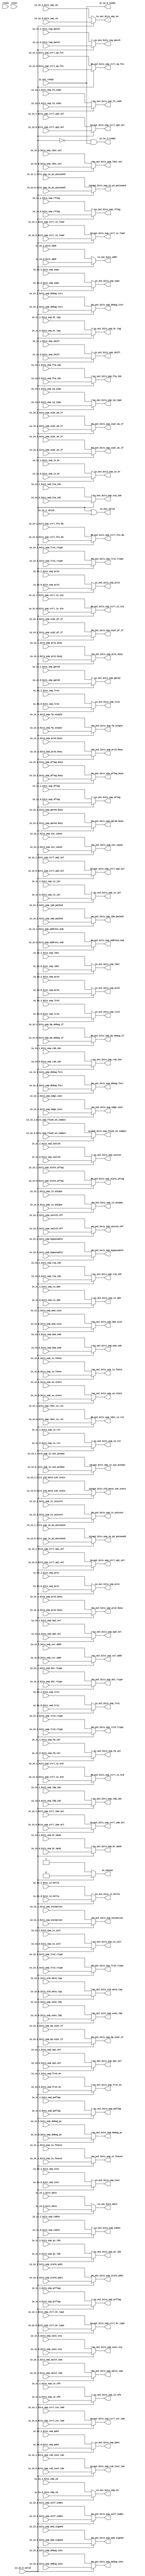
module Arbiter_5(
  input         clock,
  input         reset,
  output        io_in_0_ready,
  input         io_in_0_valid,
  input         io_in_0_bits_uop_switch,
  input         io_in_0_bits_uop_switch_off,
  input         io_in_0_bits_uop_is_unicore,
  input  [2:0]  io_in_0_bits_uop_shift,
  input  [1:0]  io_in_0_bits_uop_lrs3_rtype,
  input         io_in_0_bits_uop_rflag,
  input         io_in_0_bits_uop_wflag,
  input  [3:0]  io_in_0_bits_uop_prflag,
  input  [3:0]  io_in_0_bits_uop_pwflag,
  input         io_in_0_bits_uop_pflag_busy,
  input  [3:0]  io_in_0_bits_uop_stale_pflag,
  input  [3:0]  io_in_0_bits_uop_op1_sel,
  input  [3:0]  io_in_0_bits_uop_op2_sel,
  input  [5:0]  io_in_0_bits_uop_split_num,
  input  [5:0]  io_in_0_bits_uop_self_index,
  input  [5:0]  io_in_0_bits_uop_rob_inst_idx,
  input  [5:0]  io_in_0_bits_uop_address_num,
  input  [6:0]  io_in_0_bits_uop_uopc,
  input  [31:0] io_in_0_bits_uop_inst,
  input  [31:0] io_in_0_bits_uop_debug_inst,
  input         io_in_0_bits_uop_is_rvc,
  input  [39:0] io_in_0_bits_uop_debug_pc,
  input  [2:0]  io_in_0_bits_uop_iq_type,
  input  [9:0]  io_in_0_bits_uop_fu_code,
  input  [3:0]  io_in_0_bits_uop_ctrl_br_type,
  input  [1:0]  io_in_0_bits_uop_ctrl_op1_sel,
  input  [2:0]  io_in_0_bits_uop_ctrl_op2_sel,
  input  [2:0]  io_in_0_bits_uop_ctrl_imm_sel,
  input  [3:0]  io_in_0_bits_uop_ctrl_op_fcn,
  input         io_in_0_bits_uop_ctrl_fcn_dw,
  input  [2:0]  io_in_0_bits_uop_ctrl_csr_cmd,
  input         io_in_0_bits_uop_ctrl_is_load,
  input         io_in_0_bits_uop_ctrl_is_sta,
  input         io_in_0_bits_uop_ctrl_is_std,
  input  [1:0]  io_in_0_bits_uop_ctrl_op3_sel,
  input  [1:0]  io_in_0_bits_uop_iw_state,
  input         io_in_0_bits_uop_iw_p1_poisoned,
  input         io_in_0_bits_uop_iw_p2_poisoned,
  input         io_in_0_bits_uop_is_br,
  input         io_in_0_bits_uop_is_jalr,
  input         io_in_0_bits_uop_is_jal,
  input         io_in_0_bits_uop_is_sfb,
  input  [11:0] io_in_0_bits_uop_br_mask,
  input  [3:0]  io_in_0_bits_uop_br_tag,
  input  [4:0]  io_in_0_bits_uop_ftq_idx,
  input         io_in_0_bits_uop_edge_inst,
  input  [5:0]  io_in_0_bits_uop_pc_lob,
  input         io_in_0_bits_uop_taken,
  input  [19:0] io_in_0_bits_uop_imm_packed,
  input  [11:0] io_in_0_bits_uop_csr_addr,
  input  [5:0]  io_in_0_bits_uop_rob_idx,
  input  [4:0]  io_in_0_bits_uop_ldq_idx,
  input  [4:0]  io_in_0_bits_uop_stq_idx,
  input  [1:0]  io_in_0_bits_uop_rxq_idx,
  input  [6:0]  io_in_0_bits_uop_pdst,
  input  [6:0]  io_in_0_bits_uop_prs1,
  input  [6:0]  io_in_0_bits_uop_prs2,
  input  [6:0]  io_in_0_bits_uop_prs3,
  input  [4:0]  io_in_0_bits_uop_ppred,
  input         io_in_0_bits_uop_prs1_busy,
  input         io_in_0_bits_uop_prs2_busy,
  input         io_in_0_bits_uop_prs3_busy,
  input         io_in_0_bits_uop_ppred_busy,
  input  [6:0]  io_in_0_bits_uop_stale_pdst,
  input         io_in_0_bits_uop_exception,
  input  [63:0] io_in_0_bits_uop_exc_cause,
  input         io_in_0_bits_uop_bypassable,
  input  [4:0]  io_in_0_bits_uop_mem_cmd,
  input  [1:0]  io_in_0_bits_uop_mem_size,
  input         io_in_0_bits_uop_mem_signed,
  input         io_in_0_bits_uop_is_fence,
  input         io_in_0_bits_uop_is_fencei,
  input         io_in_0_bits_uop_is_amo,
  input         io_in_0_bits_uop_uses_ldq,
  input         io_in_0_bits_uop_uses_stq,
  input         io_in_0_bits_uop_is_sys_pc2epc,
  input         io_in_0_bits_uop_is_unique,
  input         io_in_0_bits_uop_flush_on_commit,
  input         io_in_0_bits_uop_ldst_is_rs1,
  input  [5:0]  io_in_0_bits_uop_ldst,
  input  [5:0]  io_in_0_bits_uop_lrs1,
  input  [5:0]  io_in_0_bits_uop_lrs2,
  input  [5:0]  io_in_0_bits_uop_lrs3,
  input         io_in_0_bits_uop_ldst_val,
  input  [1:0]  io_in_0_bits_uop_dst_rtype,
  input  [1:0]  io_in_0_bits_uop_lrs1_rtype,
  input  [1:0]  io_in_0_bits_uop_lrs2_rtype,
  input         io_in_0_bits_uop_frs3_en,
  input         io_in_0_bits_uop_fp_val,
  input         io_in_0_bits_uop_fp_single,
  input         io_in_0_bits_uop_xcpt_pf_if,
  input         io_in_0_bits_uop_xcpt_ae_if,
  input         io_in_0_bits_uop_xcpt_ma_if,
  input         io_in_0_bits_uop_bp_debug_if,
  input         io_in_0_bits_uop_bp_xcpt_if,
  input  [1:0]  io_in_0_bits_uop_debug_fsrc,
  input  [1:0]  io_in_0_bits_uop_debug_tsrc,
  input  [39:0] io_in_0_bits_addr,
  input  [63:0] io_in_0_bits_data,
  input         io_in_0_bits_is_hella,
  input         io_in_0_bits_tag_match,
  input  [1:0]  io_in_0_bits_old_meta_coh_state,
  input  [19:0] io_in_0_bits_old_meta_tag,
  input         io_in_0_bits_way_en,
  input  [4:0]  io_in_0_bits_sdq_id,
  output        io_in_1_ready,
  input         io_in_1_valid,
  input         io_in_1_bits_uop_switch,
  input         io_in_1_bits_uop_switch_off,
  input         io_in_1_bits_uop_is_unicore,
  input  [2:0]  io_in_1_bits_uop_shift,
  input  [1:0]  io_in_1_bits_uop_lrs3_rtype,
  input         io_in_1_bits_uop_rflag,
  input         io_in_1_bits_uop_wflag,
  input  [3:0]  io_in_1_bits_uop_prflag,
  input  [3:0]  io_in_1_bits_uop_pwflag,
  input         io_in_1_bits_uop_pflag_busy,
  input  [3:0]  io_in_1_bits_uop_stale_pflag,
  input  [3:0]  io_in_1_bits_uop_op1_sel,
  input  [3:0]  io_in_1_bits_uop_op2_sel,
  input  [5:0]  io_in_1_bits_uop_split_num,
  input  [5:0]  io_in_1_bits_uop_self_index,
  input  [5:0]  io_in_1_bits_uop_rob_inst_idx,
  input  [5:0]  io_in_1_bits_uop_address_num,
  input  [6:0]  io_in_1_bits_uop_uopc,
  input  [31:0] io_in_1_bits_uop_inst,
  input  [31:0] io_in_1_bits_uop_debug_inst,
  input         io_in_1_bits_uop_is_rvc,
  input  [39:0] io_in_1_bits_uop_debug_pc,
  input  [2:0]  io_in_1_bits_uop_iq_type,
  input  [9:0]  io_in_1_bits_uop_fu_code,
  input  [3:0]  io_in_1_bits_uop_ctrl_br_type,
  input  [1:0]  io_in_1_bits_uop_ctrl_op1_sel,
  input  [2:0]  io_in_1_bits_uop_ctrl_op2_sel,
  input  [2:0]  io_in_1_bits_uop_ctrl_imm_sel,
  input  [3:0]  io_in_1_bits_uop_ctrl_op_fcn,
  input         io_in_1_bits_uop_ctrl_fcn_dw,
  input  [2:0]  io_in_1_bits_uop_ctrl_csr_cmd,
  input         io_in_1_bits_uop_ctrl_is_load,
  input         io_in_1_bits_uop_ctrl_is_sta,
  input         io_in_1_bits_uop_ctrl_is_std,
  input  [1:0]  io_in_1_bits_uop_ctrl_op3_sel,
  input  [1:0]  io_in_1_bits_uop_iw_state,
  input         io_in_1_bits_uop_iw_p1_poisoned,
  input         io_in_1_bits_uop_iw_p2_poisoned,
  input         io_in_1_bits_uop_is_br,
  input         io_in_1_bits_uop_is_jalr,
  input         io_in_1_bits_uop_is_jal,
  input         io_in_1_bits_uop_is_sfb,
  input  [11:0] io_in_1_bits_uop_br_mask,
  input  [3:0]  io_in_1_bits_uop_br_tag,
  input  [4:0]  io_in_1_bits_uop_ftq_idx,
  input         io_in_1_bits_uop_edge_inst,
  input  [5:0]  io_in_1_bits_uop_pc_lob,
  input         io_in_1_bits_uop_taken,
  input  [19:0] io_in_1_bits_uop_imm_packed,
  input  [11:0] io_in_1_bits_uop_csr_addr,
  input  [5:0]  io_in_1_bits_uop_rob_idx,
  input  [4:0]  io_in_1_bits_uop_ldq_idx,
  input  [4:0]  io_in_1_bits_uop_stq_idx,
  input  [1:0]  io_in_1_bits_uop_rxq_idx,
  input  [6:0]  io_in_1_bits_uop_pdst,
  input  [6:0]  io_in_1_bits_uop_prs1,
  input  [6:0]  io_in_1_bits_uop_prs2,
  input  [6:0]  io_in_1_bits_uop_prs3,
  input  [4:0]  io_in_1_bits_uop_ppred,
  input         io_in_1_bits_uop_prs1_busy,
  input         io_in_1_bits_uop_prs2_busy,
  input         io_in_1_bits_uop_prs3_busy,
  input         io_in_1_bits_uop_ppred_busy,
  input  [6:0]  io_in_1_bits_uop_stale_pdst,
  input         io_in_1_bits_uop_exception,
  input  [63:0] io_in_1_bits_uop_exc_cause,
  input         io_in_1_bits_uop_bypassable,
  input  [4:0]  io_in_1_bits_uop_mem_cmd,
  input  [1:0]  io_in_1_bits_uop_mem_size,
  input         io_in_1_bits_uop_mem_signed,
  input         io_in_1_bits_uop_is_fence,
  input         io_in_1_bits_uop_is_fencei,
  input         io_in_1_bits_uop_is_amo,
  input         io_in_1_bits_uop_uses_ldq,
  input         io_in_1_bits_uop_uses_stq,
  input         io_in_1_bits_uop_is_sys_pc2epc,
  input         io_in_1_bits_uop_is_unique,
  input         io_in_1_bits_uop_flush_on_commit,
  input         io_in_1_bits_uop_ldst_is_rs1,
  input  [5:0]  io_in_1_bits_uop_ldst,
  input  [5:0]  io_in_1_bits_uop_lrs1,
  input  [5:0]  io_in_1_bits_uop_lrs2,
  input  [5:0]  io_in_1_bits_uop_lrs3,
  input         io_in_1_bits_uop_ldst_val,
  input  [1:0]  io_in_1_bits_uop_dst_rtype,
  input  [1:0]  io_in_1_bits_uop_lrs1_rtype,
  input  [1:0]  io_in_1_bits_uop_lrs2_rtype,
  input         io_in_1_bits_uop_frs3_en,
  input         io_in_1_bits_uop_fp_val,
  input         io_in_1_bits_uop_fp_single,
  input         io_in_1_bits_uop_xcpt_pf_if,
  input         io_in_1_bits_uop_xcpt_ae_if,
  input         io_in_1_bits_uop_xcpt_ma_if,
  input         io_in_1_bits_uop_bp_debug_if,
  input         io_in_1_bits_uop_bp_xcpt_if,
  input  [1:0]  io_in_1_bits_uop_debug_fsrc,
  input  [1:0]  io_in_1_bits_uop_debug_tsrc,
  input  [39:0] io_in_1_bits_addr,
  input  [63:0] io_in_1_bits_data,
  input         io_in_1_bits_is_hella,
  input         io_in_1_bits_tag_match,
  input  [1:0]  io_in_1_bits_old_meta_coh_state,
  input  [19:0] io_in_1_bits_old_meta_tag,
  input         io_in_1_bits_way_en,
  input  [4:0]  io_in_1_bits_sdq_id,
  input         io_out_ready,
  output        io_out_valid,
  output        io_out_bits_uop_switch,
  output        io_out_bits_uop_switch_off,
  output        io_out_bits_uop_is_unicore,
  output [2:0]  io_out_bits_uop_shift,
  output [1:0]  io_out_bits_uop_lrs3_rtype,
  output        io_out_bits_uop_rflag,
  output        io_out_bits_uop_wflag,
  output [3:0]  io_out_bits_uop_prflag,
  output [3:0]  io_out_bits_uop_pwflag,
  output        io_out_bits_uop_pflag_busy,
  output [3:0]  io_out_bits_uop_stale_pflag,
  output [3:0]  io_out_bits_uop_op1_sel,
  output [3:0]  io_out_bits_uop_op2_sel,
  output [5:0]  io_out_bits_uop_split_num,
  output [5:0]  io_out_bits_uop_self_index,
  output [5:0]  io_out_bits_uop_rob_inst_idx,
  output [5:0]  io_out_bits_uop_address_num,
  output [6:0]  io_out_bits_uop_uopc,
  output [31:0] io_out_bits_uop_inst,
  output [31:0] io_out_bits_uop_debug_inst,
  output        io_out_bits_uop_is_rvc,
  output [39:0] io_out_bits_uop_debug_pc,
  output [2:0]  io_out_bits_uop_iq_type,
  output [9:0]  io_out_bits_uop_fu_code,
  output [3:0]  io_out_bits_uop_ctrl_br_type,
  output [1:0]  io_out_bits_uop_ctrl_op1_sel,
  output [2:0]  io_out_bits_uop_ctrl_op2_sel,
  output [2:0]  io_out_bits_uop_ctrl_imm_sel,
  output [3:0]  io_out_bits_uop_ctrl_op_fcn,
  output        io_out_bits_uop_ctrl_fcn_dw,
  output [2:0]  io_out_bits_uop_ctrl_csr_cmd,
  output        io_out_bits_uop_ctrl_is_load,
  output        io_out_bits_uop_ctrl_is_sta,
  output        io_out_bits_uop_ctrl_is_std,
  output [1:0]  io_out_bits_uop_ctrl_op3_sel,
  output [1:0]  io_out_bits_uop_iw_state,
  output        io_out_bits_uop_iw_p1_poisoned,
  output        io_out_bits_uop_iw_p2_poisoned,
  output        io_out_bits_uop_is_br,
  output        io_out_bits_uop_is_jalr,
  output        io_out_bits_uop_is_jal,
  output        io_out_bits_uop_is_sfb,
  output [11:0] io_out_bits_uop_br_mask,
  output [3:0]  io_out_bits_uop_br_tag,
  output [4:0]  io_out_bits_uop_ftq_idx,
  output        io_out_bits_uop_edge_inst,
  output [5:0]  io_out_bits_uop_pc_lob,
  output        io_out_bits_uop_taken,
  output [19:0] io_out_bits_uop_imm_packed,
  output [11:0] io_out_bits_uop_csr_addr,
  output [5:0]  io_out_bits_uop_rob_idx,
  output [4:0]  io_out_bits_uop_ldq_idx,
  output [4:0]  io_out_bits_uop_stq_idx,
  output [1:0]  io_out_bits_uop_rxq_idx,
  output [6:0]  io_out_bits_uop_pdst,
  output [6:0]  io_out_bits_uop_prs1,
  output [6:0]  io_out_bits_uop_prs2,
  output [6:0]  io_out_bits_uop_prs3,
  output [4:0]  io_out_bits_uop_ppred,
  output        io_out_bits_uop_prs1_busy,
  output        io_out_bits_uop_prs2_busy,
  output        io_out_bits_uop_prs3_busy,
  output        io_out_bits_uop_ppred_busy,
  output [6:0]  io_out_bits_uop_stale_pdst,
  output        io_out_bits_uop_exception,
  output [63:0] io_out_bits_uop_exc_cause,
  output        io_out_bits_uop_bypassable,
  output [4:0]  io_out_bits_uop_mem_cmd,
  output [1:0]  io_out_bits_uop_mem_size,
  output        io_out_bits_uop_mem_signed,
  output        io_out_bits_uop_is_fence,
  output        io_out_bits_uop_is_fencei,
  output        io_out_bits_uop_is_amo,
  output        io_out_bits_uop_uses_ldq,
  output        io_out_bits_uop_uses_stq,
  output        io_out_bits_uop_is_sys_pc2epc,
  output        io_out_bits_uop_is_unique,
  output        io_out_bits_uop_flush_on_commit,
  output        io_out_bits_uop_ldst_is_rs1,
  output [5:0]  io_out_bits_uop_ldst,
  output [5:0]  io_out_bits_uop_lrs1,
  output [5:0]  io_out_bits_uop_lrs2,
  output [5:0]  io_out_bits_uop_lrs3,
  output        io_out_bits_uop_ldst_val,
  output [1:0]  io_out_bits_uop_dst_rtype,
  output [1:0]  io_out_bits_uop_lrs1_rtype,
  output [1:0]  io_out_bits_uop_lrs2_rtype,
  output        io_out_bits_uop_frs3_en,
  output        io_out_bits_uop_fp_val,
  output        io_out_bits_uop_fp_single,
  output        io_out_bits_uop_xcpt_pf_if,
  output        io_out_bits_uop_xcpt_ae_if,
  output        io_out_bits_uop_xcpt_ma_if,
  output        io_out_bits_uop_bp_debug_if,
  output        io_out_bits_uop_bp_xcpt_if,
  output [1:0]  io_out_bits_uop_debug_fsrc,
  output [1:0]  io_out_bits_uop_debug_tsrc,
  output [39:0] io_out_bits_addr,
  output [63:0] io_out_bits_data,
  output        io_out_bits_is_hella,
  output        io_out_bits_tag_match,
  output [1:0]  io_out_bits_old_meta_coh_state,
  output [19:0] io_out_bits_old_meta_tag,
  output        io_out_bits_way_en,
  output [4:0]  io_out_bits_sdq_id,
  output        io_chosen
);
  wire  grant_1 = ~io_in_0_valid; // @[Arbiter.scala 31:78]
  assign io_in_0_ready = io_out_ready; // @[Arbiter.scala 134:19]
  assign io_in_1_ready = grant_1 & io_out_ready; // @[Arbiter.scala 134:19]
  assign io_out_valid = ~grant_1 | io_in_1_valid; // @[Arbiter.scala 135:31]
  assign io_out_bits_uop_switch = io_in_0_valid ? io_in_0_bits_uop_switch : io_in_1_bits_uop_switch; // @[Arbiter.scala 126:27 Arbiter.scala 128:19 Arbiter.scala 124:15]
  assign io_out_bits_uop_switch_off = io_in_0_valid ? io_in_0_bits_uop_switch_off : io_in_1_bits_uop_switch_off; // @[Arbiter.scala 126:27 Arbiter.scala 128:19 Arbiter.scala 124:15]
  assign io_out_bits_uop_is_unicore = io_in_0_valid ? io_in_0_bits_uop_is_unicore : io_in_1_bits_uop_is_unicore; // @[Arbiter.scala 126:27 Arbiter.scala 128:19 Arbiter.scala 124:15]
  assign io_out_bits_uop_shift = io_in_0_valid ? io_in_0_bits_uop_shift : io_in_1_bits_uop_shift; // @[Arbiter.scala 126:27 Arbiter.scala 128:19 Arbiter.scala 124:15]
  assign io_out_bits_uop_lrs3_rtype = io_in_0_valid ? io_in_0_bits_uop_lrs3_rtype : io_in_1_bits_uop_lrs3_rtype; // @[Arbiter.scala 126:27 Arbiter.scala 128:19 Arbiter.scala 124:15]
  assign io_out_bits_uop_rflag = io_in_0_valid ? io_in_0_bits_uop_rflag : io_in_1_bits_uop_rflag; // @[Arbiter.scala 126:27 Arbiter.scala 128:19 Arbiter.scala 124:15]
  assign io_out_bits_uop_wflag = io_in_0_valid ? io_in_0_bits_uop_wflag : io_in_1_bits_uop_wflag; // @[Arbiter.scala 126:27 Arbiter.scala 128:19 Arbiter.scala 124:15]
  assign io_out_bits_uop_prflag = io_in_0_valid ? io_in_0_bits_uop_prflag : io_in_1_bits_uop_prflag; // @[Arbiter.scala 126:27 Arbiter.scala 128:19 Arbiter.scala 124:15]
  assign io_out_bits_uop_pwflag = io_in_0_valid ? io_in_0_bits_uop_pwflag : io_in_1_bits_uop_pwflag; // @[Arbiter.scala 126:27 Arbiter.scala 128:19 Arbiter.scala 124:15]
  assign io_out_bits_uop_pflag_busy = io_in_0_valid ? io_in_0_bits_uop_pflag_busy : io_in_1_bits_uop_pflag_busy; // @[Arbiter.scala 126:27 Arbiter.scala 128:19 Arbiter.scala 124:15]
  assign io_out_bits_uop_stale_pflag = io_in_0_valid ? io_in_0_bits_uop_stale_pflag : io_in_1_bits_uop_stale_pflag; // @[Arbiter.scala 126:27 Arbiter.scala 128:19 Arbiter.scala 124:15]
  assign io_out_bits_uop_op1_sel = io_in_0_valid ? io_in_0_bits_uop_op1_sel : io_in_1_bits_uop_op1_sel; // @[Arbiter.scala 126:27 Arbiter.scala 128:19 Arbiter.scala 124:15]
  assign io_out_bits_uop_op2_sel = io_in_0_valid ? io_in_0_bits_uop_op2_sel : io_in_1_bits_uop_op2_sel; // @[Arbiter.scala 126:27 Arbiter.scala 128:19 Arbiter.scala 124:15]
  assign io_out_bits_uop_split_num = io_in_0_valid ? io_in_0_bits_uop_split_num : io_in_1_bits_uop_split_num; // @[Arbiter.scala 126:27 Arbiter.scala 128:19 Arbiter.scala 124:15]
  assign io_out_bits_uop_self_index = io_in_0_valid ? io_in_0_bits_uop_self_index : io_in_1_bits_uop_self_index; // @[Arbiter.scala 126:27 Arbiter.scala 128:19 Arbiter.scala 124:15]
  assign io_out_bits_uop_rob_inst_idx = io_in_0_valid ? io_in_0_bits_uop_rob_inst_idx : io_in_1_bits_uop_rob_inst_idx; // @[Arbiter.scala 126:27 Arbiter.scala 128:19 Arbiter.scala 124:15]
  assign io_out_bits_uop_address_num = io_in_0_valid ? io_in_0_bits_uop_address_num : io_in_1_bits_uop_address_num; // @[Arbiter.scala 126:27 Arbiter.scala 128:19 Arbiter.scala 124:15]
  assign io_out_bits_uop_uopc = io_in_0_valid ? io_in_0_bits_uop_uopc : io_in_1_bits_uop_uopc; // @[Arbiter.scala 126:27 Arbiter.scala 128:19 Arbiter.scala 124:15]
  assign io_out_bits_uop_inst = io_in_0_valid ? io_in_0_bits_uop_inst : io_in_1_bits_uop_inst; // @[Arbiter.scala 126:27 Arbiter.scala 128:19 Arbiter.scala 124:15]
  assign io_out_bits_uop_debug_inst = io_in_0_valid ? io_in_0_bits_uop_debug_inst : io_in_1_bits_uop_debug_inst; // @[Arbiter.scala 126:27 Arbiter.scala 128:19 Arbiter.scala 124:15]
  assign io_out_bits_uop_is_rvc = io_in_0_valid ? io_in_0_bits_uop_is_rvc : io_in_1_bits_uop_is_rvc; // @[Arbiter.scala 126:27 Arbiter.scala 128:19 Arbiter.scala 124:15]
  assign io_out_bits_uop_debug_pc = io_in_0_valid ? io_in_0_bits_uop_debug_pc : io_in_1_bits_uop_debug_pc; // @[Arbiter.scala 126:27 Arbiter.scala 128:19 Arbiter.scala 124:15]
  assign io_out_bits_uop_iq_type = io_in_0_valid ? io_in_0_bits_uop_iq_type : io_in_1_bits_uop_iq_type; // @[Arbiter.scala 126:27 Arbiter.scala 128:19 Arbiter.scala 124:15]
  assign io_out_bits_uop_fu_code = io_in_0_valid ? io_in_0_bits_uop_fu_code : io_in_1_bits_uop_fu_code; // @[Arbiter.scala 126:27 Arbiter.scala 128:19 Arbiter.scala 124:15]
  assign io_out_bits_uop_ctrl_br_type = io_in_0_valid ? io_in_0_bits_uop_ctrl_br_type : io_in_1_bits_uop_ctrl_br_type; // @[Arbiter.scala 126:27 Arbiter.scala 128:19 Arbiter.scala 124:15]
  assign io_out_bits_uop_ctrl_op1_sel = io_in_0_valid ? io_in_0_bits_uop_ctrl_op1_sel : io_in_1_bits_uop_ctrl_op1_sel; // @[Arbiter.scala 126:27 Arbiter.scala 128:19 Arbiter.scala 124:15]
  assign io_out_bits_uop_ctrl_op2_sel = io_in_0_valid ? io_in_0_bits_uop_ctrl_op2_sel : io_in_1_bits_uop_ctrl_op2_sel; // @[Arbiter.scala 126:27 Arbiter.scala 128:19 Arbiter.scala 124:15]
  assign io_out_bits_uop_ctrl_imm_sel = io_in_0_valid ? io_in_0_bits_uop_ctrl_imm_sel : io_in_1_bits_uop_ctrl_imm_sel; // @[Arbiter.scala 126:27 Arbiter.scala 128:19 Arbiter.scala 124:15]
  assign io_out_bits_uop_ctrl_op_fcn = io_in_0_valid ? io_in_0_bits_uop_ctrl_op_fcn : io_in_1_bits_uop_ctrl_op_fcn; // @[Arbiter.scala 126:27 Arbiter.scala 128:19 Arbiter.scala 124:15]
  assign io_out_bits_uop_ctrl_fcn_dw = io_in_0_valid ? io_in_0_bits_uop_ctrl_fcn_dw : io_in_1_bits_uop_ctrl_fcn_dw; // @[Arbiter.scala 126:27 Arbiter.scala 128:19 Arbiter.scala 124:15]
  assign io_out_bits_uop_ctrl_csr_cmd = io_in_0_valid ? io_in_0_bits_uop_ctrl_csr_cmd : io_in_1_bits_uop_ctrl_csr_cmd; // @[Arbiter.scala 126:27 Arbiter.scala 128:19 Arbiter.scala 124:15]
  assign io_out_bits_uop_ctrl_is_load = io_in_0_valid ? io_in_0_bits_uop_ctrl_is_load : io_in_1_bits_uop_ctrl_is_load; // @[Arbiter.scala 126:27 Arbiter.scala 128:19 Arbiter.scala 124:15]
  assign io_out_bits_uop_ctrl_is_sta = io_in_0_valid ? io_in_0_bits_uop_ctrl_is_sta : io_in_1_bits_uop_ctrl_is_sta; // @[Arbiter.scala 126:27 Arbiter.scala 128:19 Arbiter.scala 124:15]
  assign io_out_bits_uop_ctrl_is_std = io_in_0_valid ? io_in_0_bits_uop_ctrl_is_std : io_in_1_bits_uop_ctrl_is_std; // @[Arbiter.scala 126:27 Arbiter.scala 128:19 Arbiter.scala 124:15]
  assign io_out_bits_uop_ctrl_op3_sel = io_in_0_valid ? io_in_0_bits_uop_ctrl_op3_sel : io_in_1_bits_uop_ctrl_op3_sel; // @[Arbiter.scala 126:27 Arbiter.scala 128:19 Arbiter.scala 124:15]
  assign io_out_bits_uop_iw_state = io_in_0_valid ? io_in_0_bits_uop_iw_state : io_in_1_bits_uop_iw_state; // @[Arbiter.scala 126:27 Arbiter.scala 128:19 Arbiter.scala 124:15]
  assign io_out_bits_uop_iw_p1_poisoned = io_in_0_valid ? io_in_0_bits_uop_iw_p1_poisoned :
    io_in_1_bits_uop_iw_p1_poisoned; // @[Arbiter.scala 126:27 Arbiter.scala 128:19 Arbiter.scala 124:15]
  assign io_out_bits_uop_iw_p2_poisoned = io_in_0_valid ? io_in_0_bits_uop_iw_p2_poisoned :
    io_in_1_bits_uop_iw_p2_poisoned; // @[Arbiter.scala 126:27 Arbiter.scala 128:19 Arbiter.scala 124:15]
  assign io_out_bits_uop_is_br = io_in_0_valid ? io_in_0_bits_uop_is_br : io_in_1_bits_uop_is_br; // @[Arbiter.scala 126:27 Arbiter.scala 128:19 Arbiter.scala 124:15]
  assign io_out_bits_uop_is_jalr = io_in_0_valid ? io_in_0_bits_uop_is_jalr : io_in_1_bits_uop_is_jalr; // @[Arbiter.scala 126:27 Arbiter.scala 128:19 Arbiter.scala 124:15]
  assign io_out_bits_uop_is_jal = io_in_0_valid ? io_in_0_bits_uop_is_jal : io_in_1_bits_uop_is_jal; // @[Arbiter.scala 126:27 Arbiter.scala 128:19 Arbiter.scala 124:15]
  assign io_out_bits_uop_is_sfb = io_in_0_valid ? io_in_0_bits_uop_is_sfb : io_in_1_bits_uop_is_sfb; // @[Arbiter.scala 126:27 Arbiter.scala 128:19 Arbiter.scala 124:15]
  assign io_out_bits_uop_br_mask = io_in_0_valid ? io_in_0_bits_uop_br_mask : io_in_1_bits_uop_br_mask; // @[Arbiter.scala 126:27 Arbiter.scala 128:19 Arbiter.scala 124:15]
  assign io_out_bits_uop_br_tag = io_in_0_valid ? io_in_0_bits_uop_br_tag : io_in_1_bits_uop_br_tag; // @[Arbiter.scala 126:27 Arbiter.scala 128:19 Arbiter.scala 124:15]
  assign io_out_bits_uop_ftq_idx = io_in_0_valid ? io_in_0_bits_uop_ftq_idx : io_in_1_bits_uop_ftq_idx; // @[Arbiter.scala 126:27 Arbiter.scala 128:19 Arbiter.scala 124:15]
  assign io_out_bits_uop_edge_inst = io_in_0_valid ? io_in_0_bits_uop_edge_inst : io_in_1_bits_uop_edge_inst; // @[Arbiter.scala 126:27 Arbiter.scala 128:19 Arbiter.scala 124:15]
  assign io_out_bits_uop_pc_lob = io_in_0_valid ? io_in_0_bits_uop_pc_lob : io_in_1_bits_uop_pc_lob; // @[Arbiter.scala 126:27 Arbiter.scala 128:19 Arbiter.scala 124:15]
  assign io_out_bits_uop_taken = io_in_0_valid ? io_in_0_bits_uop_taken : io_in_1_bits_uop_taken; // @[Arbiter.scala 126:27 Arbiter.scala 128:19 Arbiter.scala 124:15]
  assign io_out_bits_uop_imm_packed = io_in_0_valid ? io_in_0_bits_uop_imm_packed : io_in_1_bits_uop_imm_packed; // @[Arbiter.scala 126:27 Arbiter.scala 128:19 Arbiter.scala 124:15]
  assign io_out_bits_uop_csr_addr = io_in_0_valid ? io_in_0_bits_uop_csr_addr : io_in_1_bits_uop_csr_addr; // @[Arbiter.scala 126:27 Arbiter.scala 128:19 Arbiter.scala 124:15]
  assign io_out_bits_uop_rob_idx = io_in_0_valid ? io_in_0_bits_uop_rob_idx : io_in_1_bits_uop_rob_idx; // @[Arbiter.scala 126:27 Arbiter.scala 128:19 Arbiter.scala 124:15]
  assign io_out_bits_uop_ldq_idx = io_in_0_valid ? io_in_0_bits_uop_ldq_idx : io_in_1_bits_uop_ldq_idx; // @[Arbiter.scala 126:27 Arbiter.scala 128:19 Arbiter.scala 124:15]
  assign io_out_bits_uop_stq_idx = io_in_0_valid ? io_in_0_bits_uop_stq_idx : io_in_1_bits_uop_stq_idx; // @[Arbiter.scala 126:27 Arbiter.scala 128:19 Arbiter.scala 124:15]
  assign io_out_bits_uop_rxq_idx = io_in_0_valid ? io_in_0_bits_uop_rxq_idx : io_in_1_bits_uop_rxq_idx; // @[Arbiter.scala 126:27 Arbiter.scala 128:19 Arbiter.scala 124:15]
  assign io_out_bits_uop_pdst = io_in_0_valid ? io_in_0_bits_uop_pdst : io_in_1_bits_uop_pdst; // @[Arbiter.scala 126:27 Arbiter.scala 128:19 Arbiter.scala 124:15]
  assign io_out_bits_uop_prs1 = io_in_0_valid ? io_in_0_bits_uop_prs1 : io_in_1_bits_uop_prs1; // @[Arbiter.scala 126:27 Arbiter.scala 128:19 Arbiter.scala 124:15]
  assign io_out_bits_uop_prs2 = io_in_0_valid ? io_in_0_bits_uop_prs2 : io_in_1_bits_uop_prs2; // @[Arbiter.scala 126:27 Arbiter.scala 128:19 Arbiter.scala 124:15]
  assign io_out_bits_uop_prs3 = io_in_0_valid ? io_in_0_bits_uop_prs3 : io_in_1_bits_uop_prs3; // @[Arbiter.scala 126:27 Arbiter.scala 128:19 Arbiter.scala 124:15]
  assign io_out_bits_uop_ppred = io_in_0_valid ? io_in_0_bits_uop_ppred : io_in_1_bits_uop_ppred; // @[Arbiter.scala 126:27 Arbiter.scala 128:19 Arbiter.scala 124:15]
  assign io_out_bits_uop_prs1_busy = io_in_0_valid ? io_in_0_bits_uop_prs1_busy : io_in_1_bits_uop_prs1_busy; // @[Arbiter.scala 126:27 Arbiter.scala 128:19 Arbiter.scala 124:15]
  assign io_out_bits_uop_prs2_busy = io_in_0_valid ? io_in_0_bits_uop_prs2_busy : io_in_1_bits_uop_prs2_busy; // @[Arbiter.scala 126:27 Arbiter.scala 128:19 Arbiter.scala 124:15]
  assign io_out_bits_uop_prs3_busy = io_in_0_valid ? io_in_0_bits_uop_prs3_busy : io_in_1_bits_uop_prs3_busy; // @[Arbiter.scala 126:27 Arbiter.scala 128:19 Arbiter.scala 124:15]
  assign io_out_bits_uop_ppred_busy = io_in_0_valid ? io_in_0_bits_uop_ppred_busy : io_in_1_bits_uop_ppred_busy; // @[Arbiter.scala 126:27 Arbiter.scala 128:19 Arbiter.scala 124:15]
  assign io_out_bits_uop_stale_pdst = io_in_0_valid ? io_in_0_bits_uop_stale_pdst : io_in_1_bits_uop_stale_pdst; // @[Arbiter.scala 126:27 Arbiter.scala 128:19 Arbiter.scala 124:15]
  assign io_out_bits_uop_exception = io_in_0_valid ? io_in_0_bits_uop_exception : io_in_1_bits_uop_exception; // @[Arbiter.scala 126:27 Arbiter.scala 128:19 Arbiter.scala 124:15]
  assign io_out_bits_uop_exc_cause = io_in_0_valid ? io_in_0_bits_uop_exc_cause : io_in_1_bits_uop_exc_cause; // @[Arbiter.scala 126:27 Arbiter.scala 128:19 Arbiter.scala 124:15]
  assign io_out_bits_uop_bypassable = io_in_0_valid ? io_in_0_bits_uop_bypassable : io_in_1_bits_uop_bypassable; // @[Arbiter.scala 126:27 Arbiter.scala 128:19 Arbiter.scala 124:15]
  assign io_out_bits_uop_mem_cmd = io_in_0_valid ? io_in_0_bits_uop_mem_cmd : io_in_1_bits_uop_mem_cmd; // @[Arbiter.scala 126:27 Arbiter.scala 128:19 Arbiter.scala 124:15]
  assign io_out_bits_uop_mem_size = io_in_0_valid ? io_in_0_bits_uop_mem_size : io_in_1_bits_uop_mem_size; // @[Arbiter.scala 126:27 Arbiter.scala 128:19 Arbiter.scala 124:15]
  assign io_out_bits_uop_mem_signed = io_in_0_valid ? io_in_0_bits_uop_mem_signed : io_in_1_bits_uop_mem_signed; // @[Arbiter.scala 126:27 Arbiter.scala 128:19 Arbiter.scala 124:15]
  assign io_out_bits_uop_is_fence = io_in_0_valid ? io_in_0_bits_uop_is_fence : io_in_1_bits_uop_is_fence; // @[Arbiter.scala 126:27 Arbiter.scala 128:19 Arbiter.scala 124:15]
  assign io_out_bits_uop_is_fencei = io_in_0_valid ? io_in_0_bits_uop_is_fencei : io_in_1_bits_uop_is_fencei; // @[Arbiter.scala 126:27 Arbiter.scala 128:19 Arbiter.scala 124:15]
  assign io_out_bits_uop_is_amo = io_in_0_valid ? io_in_0_bits_uop_is_amo : io_in_1_bits_uop_is_amo; // @[Arbiter.scala 126:27 Arbiter.scala 128:19 Arbiter.scala 124:15]
  assign io_out_bits_uop_uses_ldq = io_in_0_valid ? io_in_0_bits_uop_uses_ldq : io_in_1_bits_uop_uses_ldq; // @[Arbiter.scala 126:27 Arbiter.scala 128:19 Arbiter.scala 124:15]
  assign io_out_bits_uop_uses_stq = io_in_0_valid ? io_in_0_bits_uop_uses_stq : io_in_1_bits_uop_uses_stq; // @[Arbiter.scala 126:27 Arbiter.scala 128:19 Arbiter.scala 124:15]
  assign io_out_bits_uop_is_sys_pc2epc = io_in_0_valid ? io_in_0_bits_uop_is_sys_pc2epc : io_in_1_bits_uop_is_sys_pc2epc
    ; // @[Arbiter.scala 126:27 Arbiter.scala 128:19 Arbiter.scala 124:15]
  assign io_out_bits_uop_is_unique = io_in_0_valid ? io_in_0_bits_uop_is_unique : io_in_1_bits_uop_is_unique; // @[Arbiter.scala 126:27 Arbiter.scala 128:19 Arbiter.scala 124:15]
  assign io_out_bits_uop_flush_on_commit = io_in_0_valid ? io_in_0_bits_uop_flush_on_commit :
    io_in_1_bits_uop_flush_on_commit; // @[Arbiter.scala 126:27 Arbiter.scala 128:19 Arbiter.scala 124:15]
  assign io_out_bits_uop_ldst_is_rs1 = io_in_0_valid ? io_in_0_bits_uop_ldst_is_rs1 : io_in_1_bits_uop_ldst_is_rs1; // @[Arbiter.scala 126:27 Arbiter.scala 128:19 Arbiter.scala 124:15]
  assign io_out_bits_uop_ldst = io_in_0_valid ? io_in_0_bits_uop_ldst : io_in_1_bits_uop_ldst; // @[Arbiter.scala 126:27 Arbiter.scala 128:19 Arbiter.scala 124:15]
  assign io_out_bits_uop_lrs1 = io_in_0_valid ? io_in_0_bits_uop_lrs1 : io_in_1_bits_uop_lrs1; // @[Arbiter.scala 126:27 Arbiter.scala 128:19 Arbiter.scala 124:15]
  assign io_out_bits_uop_lrs2 = io_in_0_valid ? io_in_0_bits_uop_lrs2 : io_in_1_bits_uop_lrs2; // @[Arbiter.scala 126:27 Arbiter.scala 128:19 Arbiter.scala 124:15]
  assign io_out_bits_uop_lrs3 = io_in_0_valid ? io_in_0_bits_uop_lrs3 : io_in_1_bits_uop_lrs3; // @[Arbiter.scala 126:27 Arbiter.scala 128:19 Arbiter.scala 124:15]
  assign io_out_bits_uop_ldst_val = io_in_0_valid ? io_in_0_bits_uop_ldst_val : io_in_1_bits_uop_ldst_val; // @[Arbiter.scala 126:27 Arbiter.scala 128:19 Arbiter.scala 124:15]
  assign io_out_bits_uop_dst_rtype = io_in_0_valid ? io_in_0_bits_uop_dst_rtype : io_in_1_bits_uop_dst_rtype; // @[Arbiter.scala 126:27 Arbiter.scala 128:19 Arbiter.scala 124:15]
  assign io_out_bits_uop_lrs1_rtype = io_in_0_valid ? io_in_0_bits_uop_lrs1_rtype : io_in_1_bits_uop_lrs1_rtype; // @[Arbiter.scala 126:27 Arbiter.scala 128:19 Arbiter.scala 124:15]
  assign io_out_bits_uop_lrs2_rtype = io_in_0_valid ? io_in_0_bits_uop_lrs2_rtype : io_in_1_bits_uop_lrs2_rtype; // @[Arbiter.scala 126:27 Arbiter.scala 128:19 Arbiter.scala 124:15]
  assign io_out_bits_uop_frs3_en = io_in_0_valid ? io_in_0_bits_uop_frs3_en : io_in_1_bits_uop_frs3_en; // @[Arbiter.scala 126:27 Arbiter.scala 128:19 Arbiter.scala 124:15]
  assign io_out_bits_uop_fp_val = io_in_0_valid ? io_in_0_bits_uop_fp_val : io_in_1_bits_uop_fp_val; // @[Arbiter.scala 126:27 Arbiter.scala 128:19 Arbiter.scala 124:15]
  assign io_out_bits_uop_fp_single = io_in_0_valid ? io_in_0_bits_uop_fp_single : io_in_1_bits_uop_fp_single; // @[Arbiter.scala 126:27 Arbiter.scala 128:19 Arbiter.scala 124:15]
  assign io_out_bits_uop_xcpt_pf_if = io_in_0_valid ? io_in_0_bits_uop_xcpt_pf_if : io_in_1_bits_uop_xcpt_pf_if; // @[Arbiter.scala 126:27 Arbiter.scala 128:19 Arbiter.scala 124:15]
  assign io_out_bits_uop_xcpt_ae_if = io_in_0_valid ? io_in_0_bits_uop_xcpt_ae_if : io_in_1_bits_uop_xcpt_ae_if; // @[Arbiter.scala 126:27 Arbiter.scala 128:19 Arbiter.scala 124:15]
  assign io_out_bits_uop_xcpt_ma_if = io_in_0_valid ? io_in_0_bits_uop_xcpt_ma_if : io_in_1_bits_uop_xcpt_ma_if; // @[Arbiter.scala 126:27 Arbiter.scala 128:19 Arbiter.scala 124:15]
  assign io_out_bits_uop_bp_debug_if = io_in_0_valid ? io_in_0_bits_uop_bp_debug_if : io_in_1_bits_uop_bp_debug_if; // @[Arbiter.scala 126:27 Arbiter.scala 128:19 Arbiter.scala 124:15]
  assign io_out_bits_uop_bp_xcpt_if = io_in_0_valid ? io_in_0_bits_uop_bp_xcpt_if : io_in_1_bits_uop_bp_xcpt_if; // @[Arbiter.scala 126:27 Arbiter.scala 128:19 Arbiter.scala 124:15]
  assign io_out_bits_uop_debug_fsrc = io_in_0_valid ? io_in_0_bits_uop_debug_fsrc : io_in_1_bits_uop_debug_fsrc; // @[Arbiter.scala 126:27 Arbiter.scala 128:19 Arbiter.scala 124:15]
  assign io_out_bits_uop_debug_tsrc = io_in_0_valid ? io_in_0_bits_uop_debug_tsrc : io_in_1_bits_uop_debug_tsrc; // @[Arbiter.scala 126:27 Arbiter.scala 128:19 Arbiter.scala 124:15]
  assign io_out_bits_addr = io_in_0_valid ? io_in_0_bits_addr : io_in_1_bits_addr; // @[Arbiter.scala 126:27 Arbiter.scala 128:19 Arbiter.scala 124:15]
  assign io_out_bits_data = io_in_0_valid ? io_in_0_bits_data : io_in_1_bits_data; // @[Arbiter.scala 126:27 Arbiter.scala 128:19 Arbiter.scala 124:15]
  assign io_out_bits_is_hella = io_in_0_valid ? io_in_0_bits_is_hella : io_in_1_bits_is_hella; // @[Arbiter.scala 126:27 Arbiter.scala 128:19 Arbiter.scala 124:15]
  assign io_out_bits_tag_match = io_in_0_valid ? io_in_0_bits_tag_match : io_in_1_bits_tag_match; // @[Arbiter.scala 126:27 Arbiter.scala 128:19 Arbiter.scala 124:15]
  assign io_out_bits_old_meta_coh_state = io_in_0_valid ? io_in_0_bits_old_meta_coh_state :
    io_in_1_bits_old_meta_coh_state; // @[Arbiter.scala 126:27 Arbiter.scala 128:19 Arbiter.scala 124:15]
  assign io_out_bits_old_meta_tag = io_in_0_valid ? io_in_0_bits_old_meta_tag : io_in_1_bits_old_meta_tag; // @[Arbiter.scala 126:27 Arbiter.scala 128:19 Arbiter.scala 124:15]
  assign io_out_bits_way_en = io_in_0_valid ? io_in_0_bits_way_en : io_in_1_bits_way_en; // @[Arbiter.scala 126:27 Arbiter.scala 128:19 Arbiter.scala 124:15]
  assign io_out_bits_sdq_id = io_in_0_valid ? io_in_0_bits_sdq_id : io_in_1_bits_sdq_id; // @[Arbiter.scala 126:27 Arbiter.scala 128:19 Arbiter.scala 124:15]
  assign io_chosen = io_in_0_valid ? 1'h0 : 1'h1; // @[Arbiter.scala 126:27 Arbiter.scala 127:17 Arbiter.scala 123:13]
endmodule